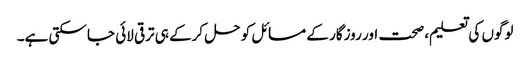
لوگوں کی تعلیم، صحت اور روزگار کے مسائل کو حل کرکے ہی ترقی لائی جا سکتی ہے۔